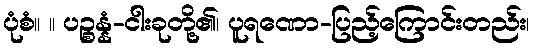
ပုံစံ။ ။ ပဉ္စန္နံ-ငါးခုတို့၏၊ ပူရဏော-ပြည့်ကြောင်းတည်း၊